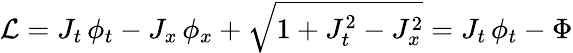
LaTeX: \mathcal{L}=J_{t}\, \phi_{t}-J_{x}\, \phi_{x}+\sqrt{1+J_{t}^{2}-J_{x}^{2}}=J_{t}\, \phi_{t}-\Phi